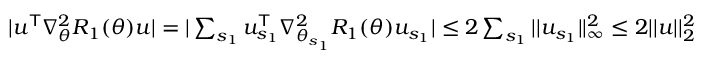
\begin{array} { r } { | u ^ { \mathsf T } \nabla _ { \theta } ^ { 2 } R _ { 1 } ( \theta ) u | = | \sum _ { s _ { 1 } } u _ { s _ { 1 } } ^ { \mathsf T } \nabla _ { \theta _ { s _ { 1 } } } ^ { 2 } R _ { 1 } ( \theta ) u _ { s _ { 1 } } | \le 2 \sum _ { s _ { 1 } } | | u _ { s _ { 1 } } | | _ { \infty } ^ { 2 } \le 2 | | u | | _ { 2 } ^ { 2 } } \end{array}